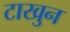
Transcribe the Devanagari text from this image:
टाखुन